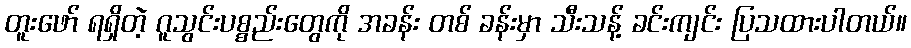
တူးဖော် ရရှိတဲ့ ဂူသွင်းပစ္စည်းတွေကို အခန်း တစ် ခန်းမှာ သီးသန့် ခင်းကျင်း ပြသထားပါတယ်။